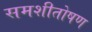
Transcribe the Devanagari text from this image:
समशीतोषण